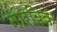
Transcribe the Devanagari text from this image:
नारविक